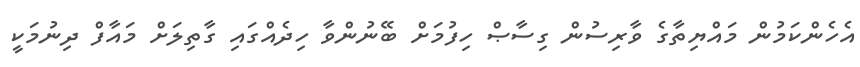
އެހެންކަމުން މައްޔިތާގެ ވާރިސުން ގިސާޞް ހިފުމަށް ބޭނުންވާ ހިދެއްގައި ގާތިލަށް މައާފް ދިނުމަކީ